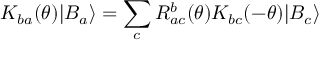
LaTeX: K _ { b a } ( \theta ) | B _ { a } \rangle = \sum _ { c } R _ { a c } ^ { b } ( \theta ) K _ { b c } ( - \theta ) | B _ { c } \rangle